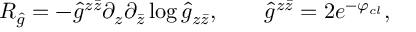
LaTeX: R _ { \hat { g } } = - { \hat { g } } ^ { z \bar { z } } \partial _ { z } \partial _ { \bar { z } } \log { \hat { g } } _ { z \bar { z } } , \qquad \hat { g } ^ { z \bar { z } } = 2 e ^ { - \varphi _ { c l } } ,